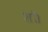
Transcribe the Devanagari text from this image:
शॉ।